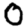
Digit: 0